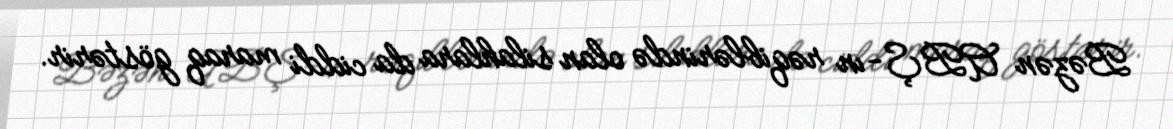
Bəzən ABŞ-ın rəqiblərində olan silahlara da ciddi maraq göstərir.